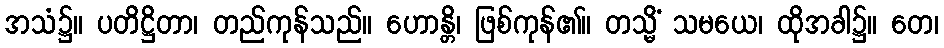
အသံ၌။ ပတိဋ္ဌိတာ၊ တည်ကုန်သည်။ ဟောန္တိ၊ ဖြစ်ကုန်၏။ တသ္မိံ သမယေ၊ ထိုအခါ၌။ တေ၊